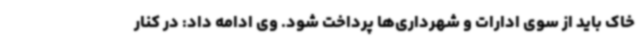
خاک باید از سوی ادارات و شهرداری‌ها پرداخت شود. وی ادامه داد: در کنار